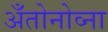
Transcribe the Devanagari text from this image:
अँतोनोव्ना